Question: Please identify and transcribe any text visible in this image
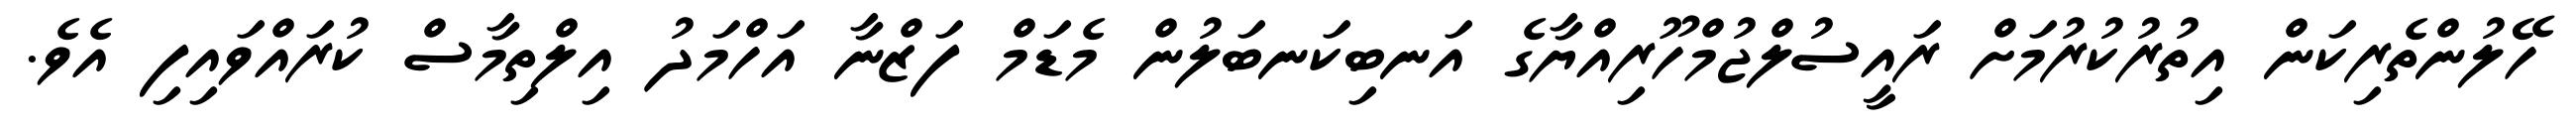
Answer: ހޭލުންތެރިކަން އިތުރުކުރުމަށް ރައީސުލްޖުމްހޫރިއްޔާގެ އަނބިކަނބަލުން މެޑަމް ފަޒްނާ އަހްމަދު އިލްތިމާސް ކުރައްވައިފި އެވެ.